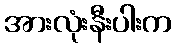
အားလုံးနီးပါးက